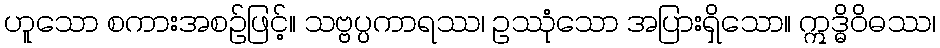
ဟူသော စကားအစဉ်ဖြင့်။ သဗ္ဗပ္ပကာရဿ၊ ဥဿုံသော အပြားရှိသော။ ဣဒ္ဓိဝိဓဿ၊